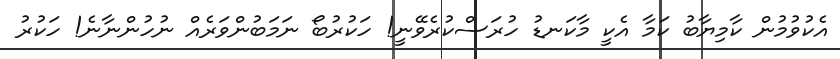
އެކުވުމުން ކާމިޔާބު ކަމާ އެކީ މާކަނޑު ހުރަސްކުރެވޭނީ! ހަކުރުބޯ ނަމަބުންވަރެއް ނުހުންނާނެ! ހަކުރު